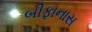
બીફાનાસ